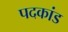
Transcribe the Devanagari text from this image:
पदकांड